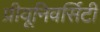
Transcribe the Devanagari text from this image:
प्रीयूनिवर्सिटी